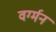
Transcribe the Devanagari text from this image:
वर्ग्मन